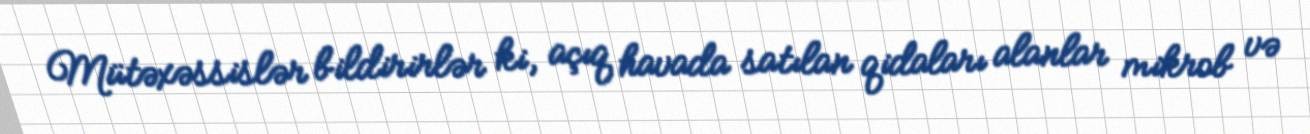
Mütəxəssislər bildirirlər ki, açıq havada satılan qidaları alanlar mikrob və